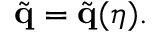
\tilde { \mathbf { q } } = \tilde { \mathbf { q } } ( \eta ) .